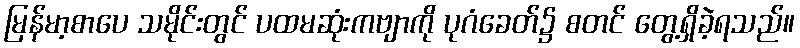
မြန်မာ့စာပေ သမိုင်းတွင် ပထမဆုံးကဗျာကို ပုဂံခေတ်၌ စတင် တွေ့ရှိခဲ့ရသည်။